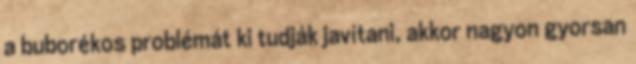
a buborékos problémát ki tudják javítani, akkor nagyon gyorsan